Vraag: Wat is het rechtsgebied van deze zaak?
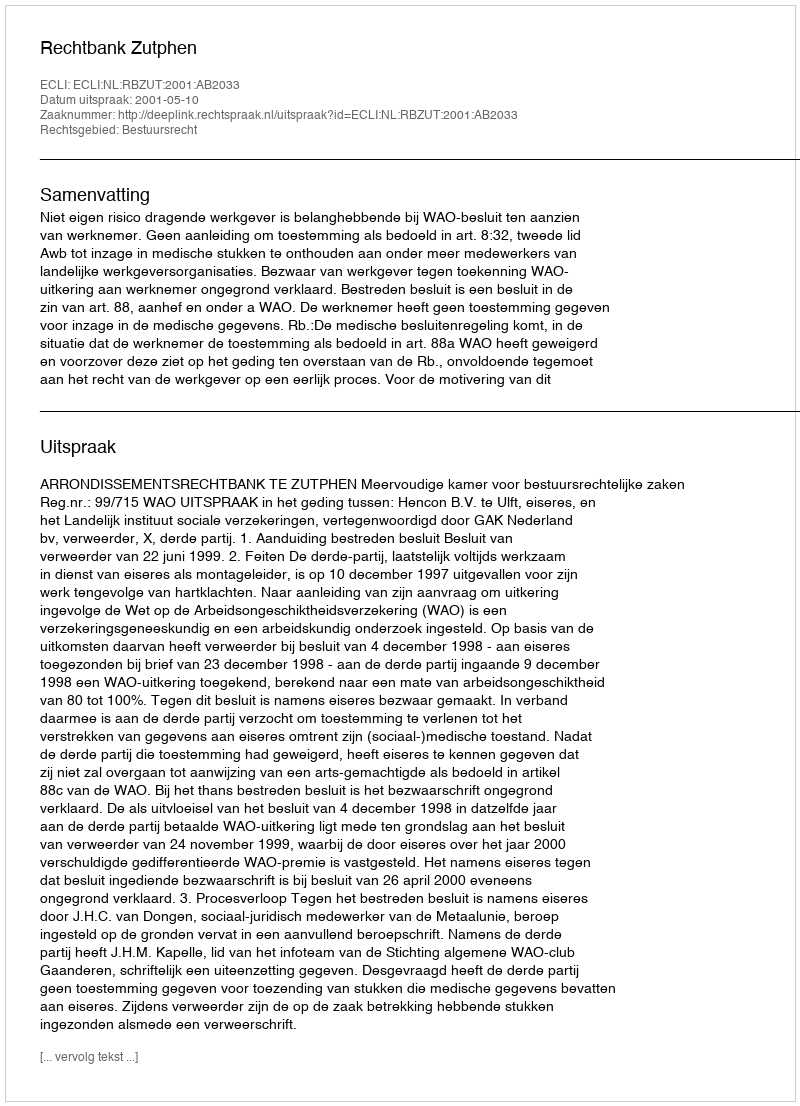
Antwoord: Bestuursrecht